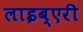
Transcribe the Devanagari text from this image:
लाइब्एरी